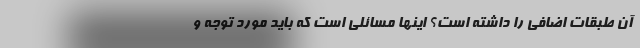
آن طبقات اضافی را داشته است؟ اینها مسائلی است که باید مورد توجه و